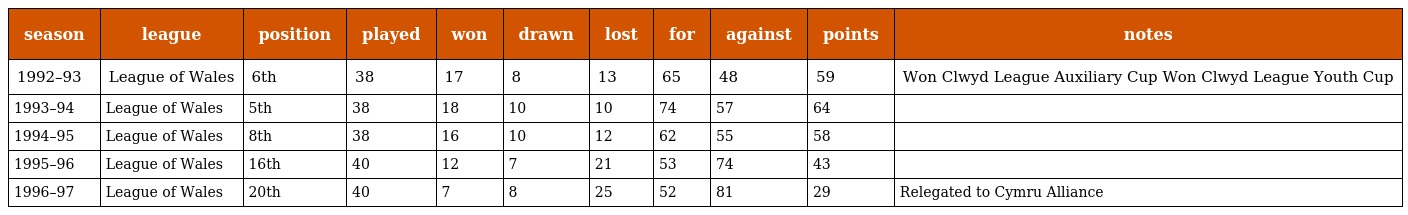
| season | league | position | played | won | drawn | lost | for | against | points | notes |
 | --- | --- | --- | --- | --- | --- | --- | --- | --- | --- | --- |
 | 1992–93 | League of Wales | 6th | 38 | 17 | 8 | 13 | 65 | 48 | 59 | Won Clwyd League Auxiliary Cup Won Clwyd League Youth Cup |
 | 1993–94 | League of Wales | 5th | 38 | 18 | 10 | 10 | 74 | 57 | 64 |  |
 | 1994–95 | League of Wales | 8th | 38 | 16 | 10 | 12 | 62 | 55 | 58 |  |
 | 1995–96 | League of Wales | 16th | 40 | 12 | 7 | 21 | 53 | 74 | 43 |  |
 | 1996–97 | League of Wales | 20th | 40 | 7 | 8 | 25 | 52 | 81 | 29 | Relegated to Cymru Alliance |